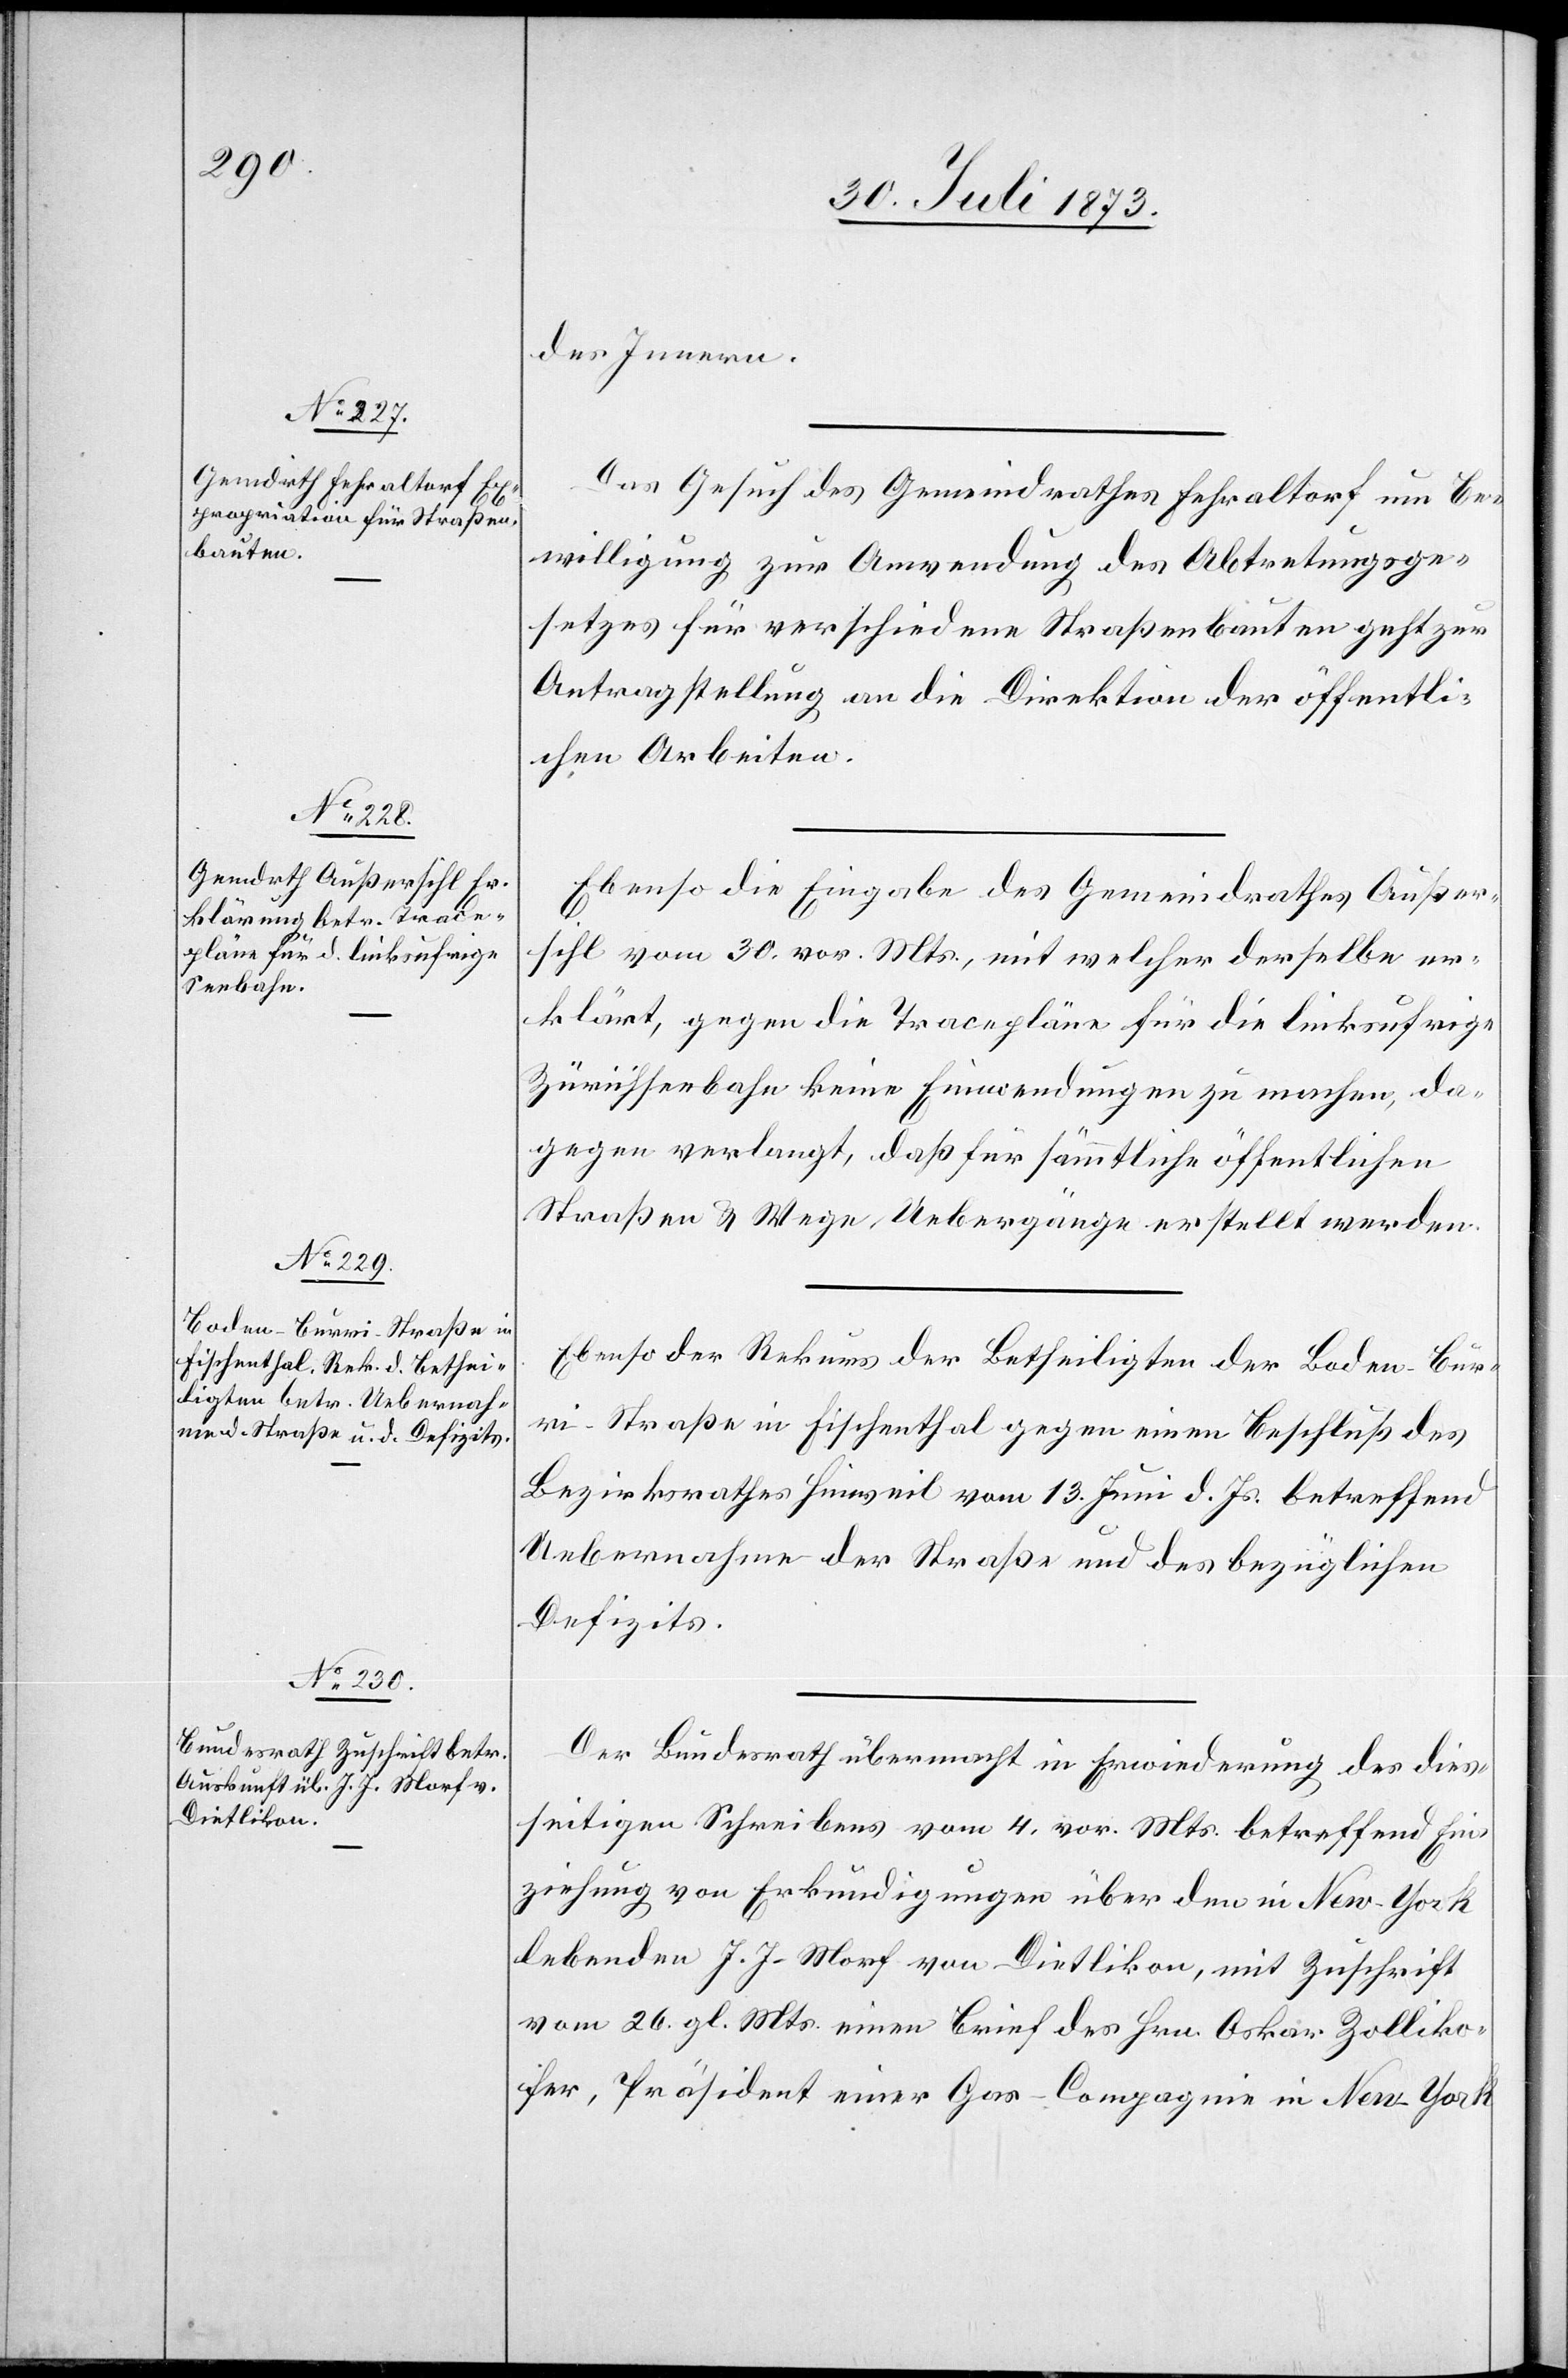
des Innern.
Das Gesuch des Gemeindrathes Fehraltorf um Be¬
willigung zur Anwendung des Abtretungsge¬
setzes für verschiedene Straßenbauten geht zur
Antragstellung an die Direktion der öffentli¬
chen Arbeiten.
Ebenso die Eingabe des Gemeindrathes Außer¬
sihl vom 30. vor. Mts., mit welcher derselbe er¬
klärt, gegen die Tracepläne für die linksufrige
Zürichseebahn keine Einwendungen zu machen, da¬
gegen verlangt, daß für sämmtliche öffentlichen
Straßen & Wege Uebergänge erstellt werden.
Ebenso der Rekurs der Betheiligten der Boden–Bur¬
ri-Straße in Fischenthal gegen einen Beschluß des
Bezirksrathes Hinweil vom 13. Juni d. Js. betreffend
Uebernahme der Straße und des bezüglichen
Defizits.
Der Bundesrath übermacht in Erwiederung des dies¬
seitigen Schreibens vom 4. vor. Mts. betreffend Ein¬
ziehung von Erkundigungen über den in New-York
lebenden J. J. Morf von Dietlikon, mit Zuschrift
vom 26. gl. Mts. einen Brief des Hrn. Oskar Zolliko¬
fer, Präsident einer Gas-Compagnie in New-York